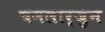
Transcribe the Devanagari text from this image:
चमलार्जुन